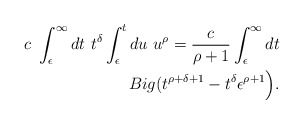
\begin{align*}c \ \int_{\epsilon}^{\infty}dt \ t^{\delta}\int_{\epsilon}^{t}du \ u^{\rho} =\frac{c}{\rho+1} \int_{\epsilon}^{\infty}dt \\Big(t^{\rho +\delta+1}-t^{\delta}\epsilon^{\rho+1}\Big).\end{align*}